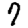
Digit: 7